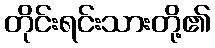
တိုင်းရင်းသားတို့၏